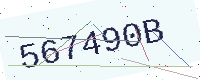
Text: 567490B